Leaving Certificate Examination, 1916
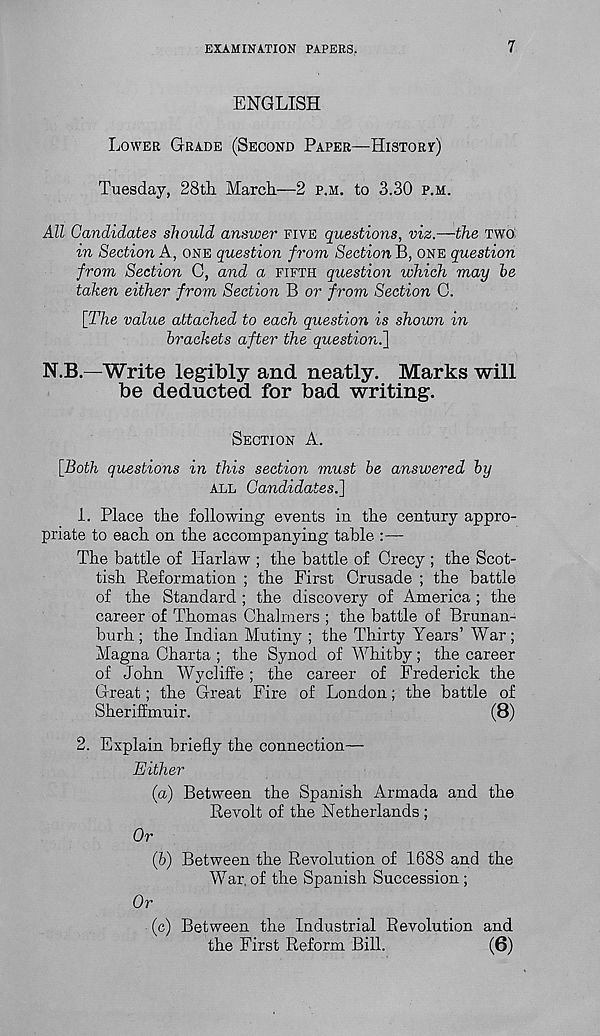
EXAMINATION PAPERS.
7
ENGLISH
LOWER GRADE (SECOND PAPER—HISTORY)
Tuesday, 28th. March—2 P.M. to 3.30 P.M.
All Candidates should answer FIVE questions, viz.—the TWO
in Section A, ONE question from Section B, ONE question
from Section C, and a FIFTH question which may he
taken either from Section B or from Section G.
[The value attached to each question is shown in
brackets after the question.']
N.B.—Write legibly and neatly. Marks will
be deducted for bad writing.
SECTION A.
[Both questions in this section must be answered by
ALL Candidates.]
1. Place the following events in the century appro-
priate to each on the accompanying table :—
The battle of Harlaw ; the battle of Crecy ; the Scot-
tish Reformation ; the First Crusade ; the battle
of the Standard ; the discovery of America ; the
career of Thomas Chalmers ; the battle of Brunan-
burh ; the Indian Mutiny ; the Thirty Years’ War ;
Magna Charta ; the Synod of Whitby; the career
of John Wycliffe; the career of Frederick the
Great; the Great Fire of London; the battle of
Sheriff muir.
(8)
2. Explain briefly the connection—
Either
(а) Between the Spanish Armada and the
Revolt of the Netherlands ;
Or
(б) Between the Revolution of 1688 and the
War of the Spanish Succession;
Or
(c) Between the Industrial Revolution and
the First Reform Bill.
(6)